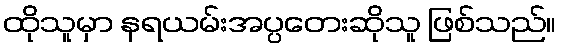
ထိုသူမှာ နရယမ်းအပ္ပတေးဆိုသူ ဖြစ်သည်။